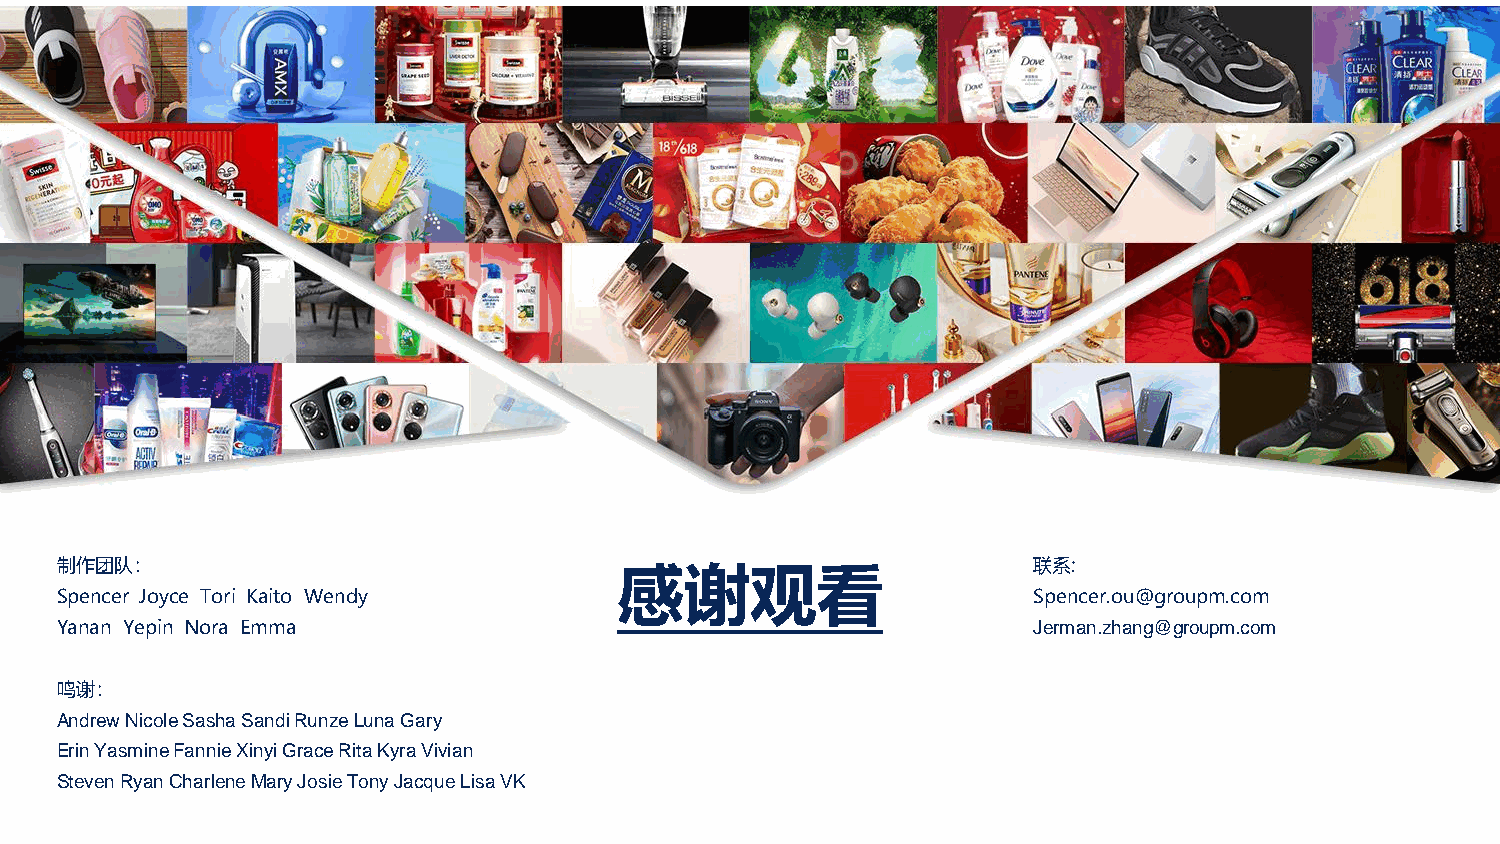
制作团队：                                                           联系:
 感谢观看
 Spencer Joyce Tori Kaito Wendy                                  Spencer.ou@groupm.com
 Yanan Yepin Nora Emma                                           Jerman.zhang@groupm.com
 鸣谢：
 Andrew Nicole Sasha Sandi RunzeLuna Gary
 Erin Yasmine Fannie Xinyi Grace Rita Kyra Vivian
 Steven Ryan Charlene Mary Josie Tony Jacque Lisa VK